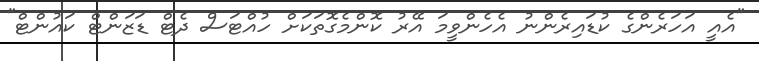
"އެއީ އަހަރެންގެ ކުޑައިރެންނު އެހެންވީމަ އޭރު ކޮންމެގޮތަކަށް ހުއްޓަސް ދެޓް ޑަޒަންޓް ކައުންޓް"